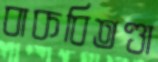
বাকবিতণ্ডা